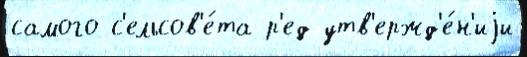
самого с'ельсов'е́та р'ед утв'ержд'е́н'иjи